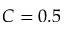
C = 0 . 5